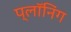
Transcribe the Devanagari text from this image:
प्लॉनिंग